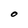
Character: O